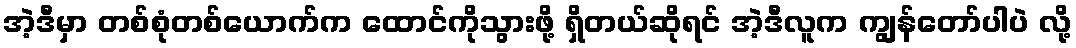
အဲ့ဒီမှာ တစ်စုံတစ်ယောက်က ထောင်ကိုသွားဖို့ ရှိတယ်ဆိုရင် အဲ့ဒီလူက ကျွန်တော်ပါပဲ လို့